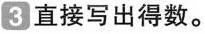
3 直接写出得数。